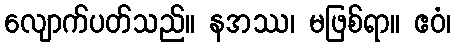
လျောက်ပတ်သည်။ နအဿ၊ မဖြစ်ရာ။ ဧဝံ၊